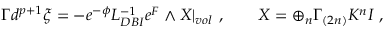
\Gamma d ^ { p + 1 } \xi = - e ^ { - \phi } { \cal L } _ { D B I } ^ { - 1 } e ^ { \cal F } \wedge X | _ { v o l } ~ , \qquad X = \oplus _ { n } \Gamma _ { ( 2 n ) } K ^ { n } I ~ ,